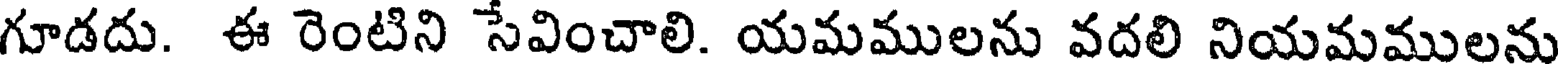
గూడదు. ఈ రెంటిని సేవించాలి. యమములను వదలి నియమములను